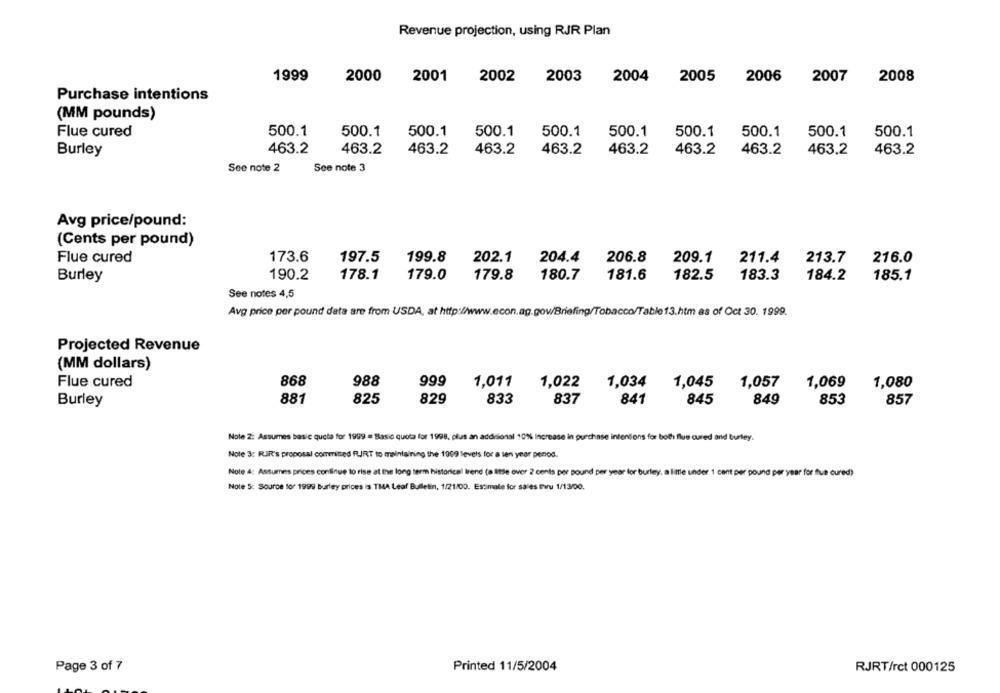
Revenue projection, using RJR Plan
1999
2000
2001
2002
2003
2004
2005
2006
2007
2008
Purchase intentions
(MM pounds)
500.1
500.1
500.1
500.1
500.1
500.1
500.1
Flue cured
500.1
500.1
500.1
Burley
463.2
463.2
463.2
463.2
463.2
463.2
463.2
463.2
463.2
463.2
See note 2
See note 3
Avg price/pound:
(Cents per pound)
202.1
Flue cured
173.6
197.5
199.8
204.4
206.8
209.1
211.4
213.7
216.0
Burley
190.2
178.1
179.0
179.8
180.7
181.6
182.5
183.3
184.2
185.1
See notes 4,5
Avg price per pound data are from USDA, at http://www.econ.ag.gov/Briefing/Tobacco/Table13.htm as of Oct 30. 1999.
Projected Revenue
(MM dollars)
Flue cured
868
988
999
1,011
1,022
1,034
1,045
1,057
1,069
1,080
881
825
829
833
837
841
845
849
853
857
Burley
Note 2: Assumes basic quete for 1999 = Basic quota for 1998, plus an additional 10% Increase in purchase intentions for bol flue cured and burley.
Note 3: RUIR's proposal committed RIRT to maintaining the 1909 levels for a ten year penod.
Note 4: Assumes prices continue to rise at the long term historical trend (a little over 2 cents per pound per year for burley, a little under 1 cent per pound per year for fue cured)
Note 5: Source tor 1999 Burley prices is TMA Leaf Bulletin, 1/21/00. Estimate for sales thru 1/13/00.
Page 3 of 7
Printed 11/5/2004
RJRT/rct 000125